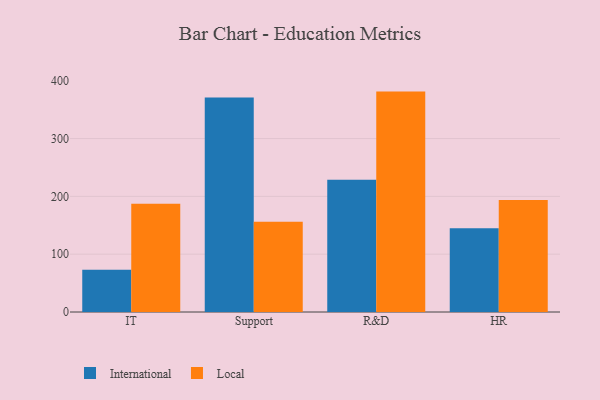
{"axis": {"x": "Department", "y": "Tickets Resolved"}, "legend": ["International", "Local"], "data": [{"x": "IT", "y": 73.2, "type": "International"}, {"x": "IT", "y": 187.1, "type": "Local"}, {"x": "Support", "y": 370.8, "type": "International"}, {"x": "Support", "y": 156.1, "type": "Local"}, {"x": "R&D", "y": 228.8, "type": "International"}, {"x": "R&D", "y": 381.2, "type": "Local"}, {"x": "HR", "y": 145.0, "type": "International"}, {"x": "HR", "y": 193.6, "type": "Local"}]}